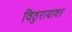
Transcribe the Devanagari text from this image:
विठुरायावर